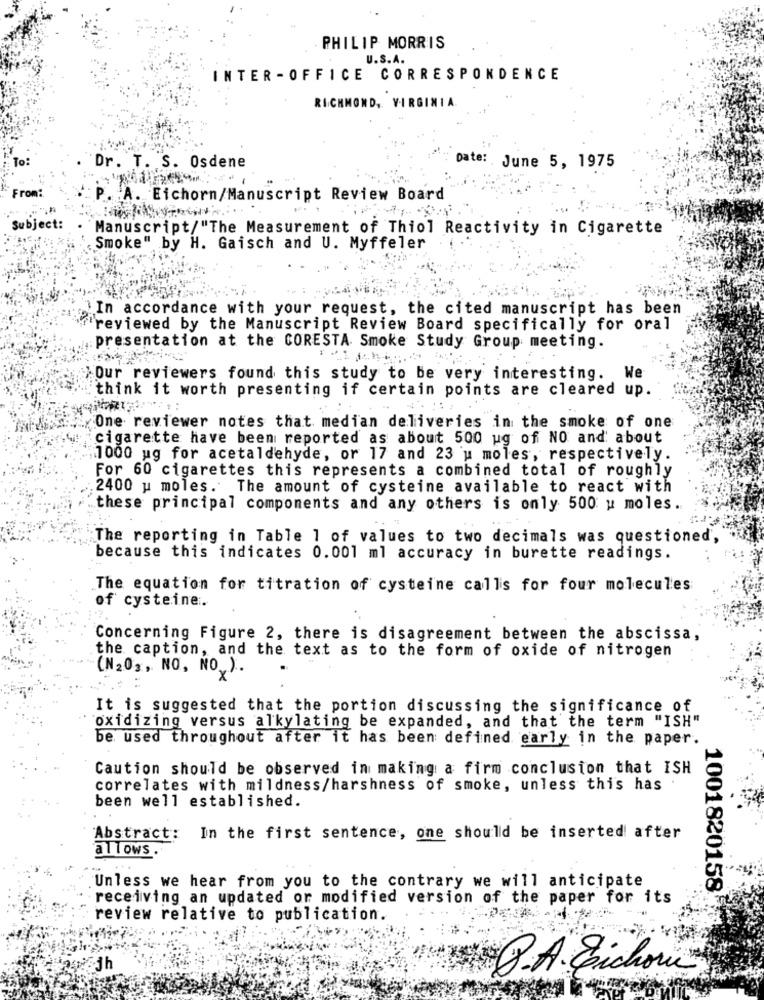
PHILIP MORRIS
U.S.A.
INTER - OFFICE CORRESPONDENCE
RICHMOND, VIRGINIA
Dr. T. S. Osdene
Date: June 5, 1975
From:
.A. Eichorn/Manuscript Review Board
Subject:
Manuscript/"The Measurement of Thiol Reactivity in Cigarette
Smoke" by H. Gaisch and U. Myffeler
In accordance with your request, the cited manuscript has been
'reviewed by the Manuscript Review Board specifically for oral
presentation at the CORESTA Smoke Study Group meeting.
"Our reviewers found this study to be very interesting. We
think it worth presenting if certain points are cleared up.
One reviewer notes that median deliveries in the smoke of one
cigarette have been reported as about 500 ug of NO and about
1000 ug for acetaldehyde, or 17 and 23 u moles, respectively.
For 60 cigarettes this represents a combined total of roughly
2400 u moles. The amount of cysteine available to react with
these principal components and any others is only 500 u moles.
..
The reporting in Table 1 of values to two decimals was questioned,
because this indicates 0.001 ml accuracy in burette readings.
The equation for titration of cysteine calls for four molecules
of cysteine.
Concerning Figure 2, there is disagreement between the abscissa,
the caption, and the text as to the form of oxide of nitrogen
(N20, , NO, NO ).
It is suggested that the portion discussing the significance of
`oxidizing versus alkylating be expanded, and that the term "ISH"
be used throughout after it has been defined early in the paper.
Caution should be observed in making a firm conclusion that ISH
correlates with mildness/harshness of smoke, unless this has
been well established.
Abstract: In the first sentence, one should be inserted after
allows
Unless we hear from you to the contrary we will anticipate
receiving an updated or modified version of the paper for its
1001820158
review relative to publication.
jh
P.A . Eichow